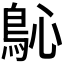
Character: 𩾽